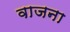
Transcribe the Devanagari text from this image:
वाजना